Annual administration report of the Civil Veterinary Department, Ajmere-Merwara, British Rajputana - 1914-1940
Year: 1914
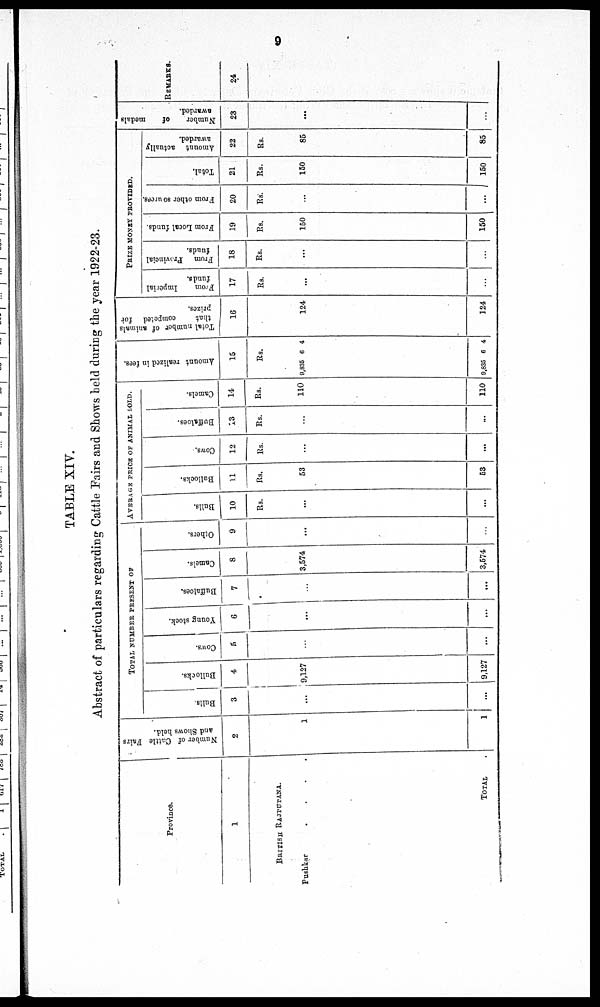
TABLE XIV.
Abstract of particulars regarding Cattle Pairs and Shows held during the year 1922-23.
Province.
1
BRITISH RAJPUTANA.
Pushkar
.
.
.
.
TOTAL .
Number of Cattle Fairs
and Shows held.
2
1
1
TOTAL NUMBER PRESENT OF
Bulls.
3
...
...
Bullocks.
4
9,127
9,127
Cows.
5
...
...
Young stock.
6
...
...
Buffaloes.
7
...
...
Camels.
8
3,574
3,574
Others.
9
...
...
AVERAGE PRICE OF ANIMAL SOLD.
Bulls.
10
Rs.
...
...
Bullocks.
11
Rs.
53
53
Cows.
12
Rs.
...
...
Buffaloes.
13
Rs.
...
...
Camels.
14
Rs.
110
110
Amount realized in fees.
15
Rs.
9,835 6 4
9,835 6 4
Total number of animals
that
competed for
prizes.
16
124
124
PRIZE MONEY PROVIDED.
From
Imperial
funds.
17
Rs.
...
...
From Provincial
funds.
18
Rs.
...
...
From Local funds.
19
Rs.
150
150
From other sources.
20
Rs.
...
...
Total.
21
Rs.
150
150
Amount actually
awarded.
22
Rs.
85
85
Number of
medals
awarded.
23
...
...
REMARKS..
24